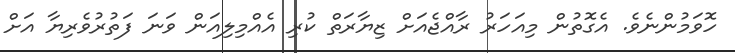
ހޮވަމުންނެވެ. އެގޮތުން މިއަހަރު ރާއްޖެއަށް ޒިޔާރަތް ކުރި އެއްމިލިއަން ވަނަ ފަތުރުވެރިޔާ އަށް